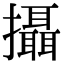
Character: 攝